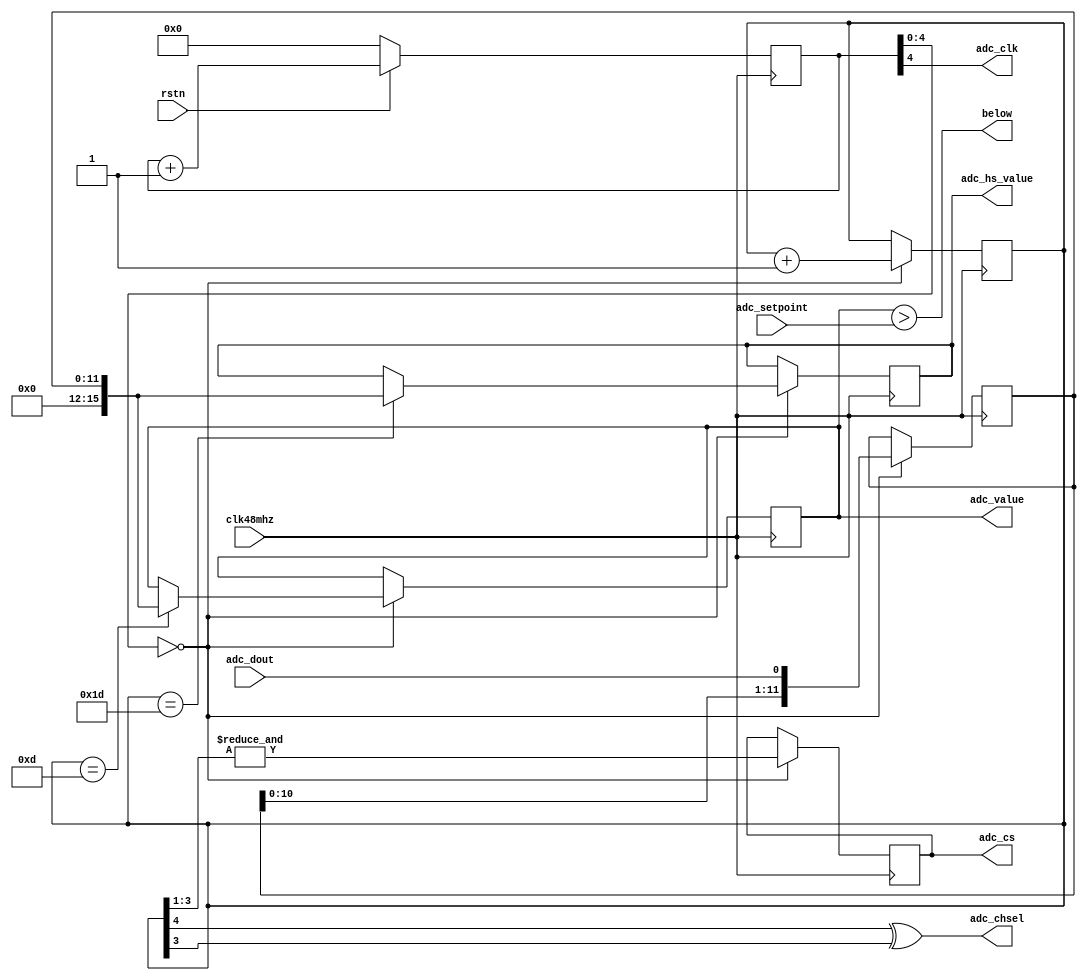
module ADC_SPI(
    input            clk48mhz,
    input            rstn,
    output           adc_clk,
    input            adc_dout,
    output           adc_chsel,
    output           adc_cs,
    output  [15:0]   adc_value,
    output  [15:0]   adc_hs_value,
    input   [15:0]   adc_setpoint,
    output           below
    );

	// Shared basic clock
	reg   [31:0]   clk_div;
   always @(posedge clk48mhz)
   if (rstn) 
	   clk_div        <= clk_div + 1;
	else
      clk_div        <= 0;
   
   assign adc_cs    = conv;
   assign adc_chsel = count[4] ^ count[3];
   assign adc_clk   = clk_div[4];
   assign adc_value = tmp;
   assign adc_hs_value = tmp_hs;
   
   assign below = adc_value > adc_setpoint;
   
   //register declarations
    reg conv =0;
    reg rdy;
    reg [4:0] count =0;
    reg [11:0] data_temp =0;
    reg [15:0] tmp = 0;
    reg [15:0] tmp_hs = 0;
    
    //The clock counter. Starts at 0, so clock is from 0-15 instead of 1-16.
    always @(posedge clk48mhz)
    begin
      if  (clk_div[4:0] == 0) 
      begin
         count <= count + 1;
    
         //Assert the CONV signal
         conv <=  (&count[3:1]);
    
         //Shift the serial data into a 12-bit register. 
         //Afterwards, convert it to parallel if the count is 13 or 29(end of data stream)
         begin
               data_temp  <= {data_temp[10:0], adc_dout};
            if (count == 13)
                tmp <= data_temp;
            if (count == 29)
                tmp_hs <= data_temp;
         end
       end
    end
        
endmodule